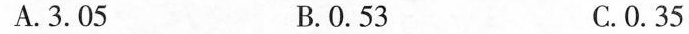
A. 3.05 B. 0.53 C. 0.35